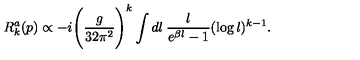
R _ { k } ^ { a } ( p ) \propto - i \Bigg ( \frac { g } { 3 2 \pi ^ { 2 } } \Bigg ) ^ { k } \int d l \: \frac { l } { e ^ { \beta l } - 1 } ( \log l ) ^ { k - 1 } .